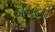
ડાયલો